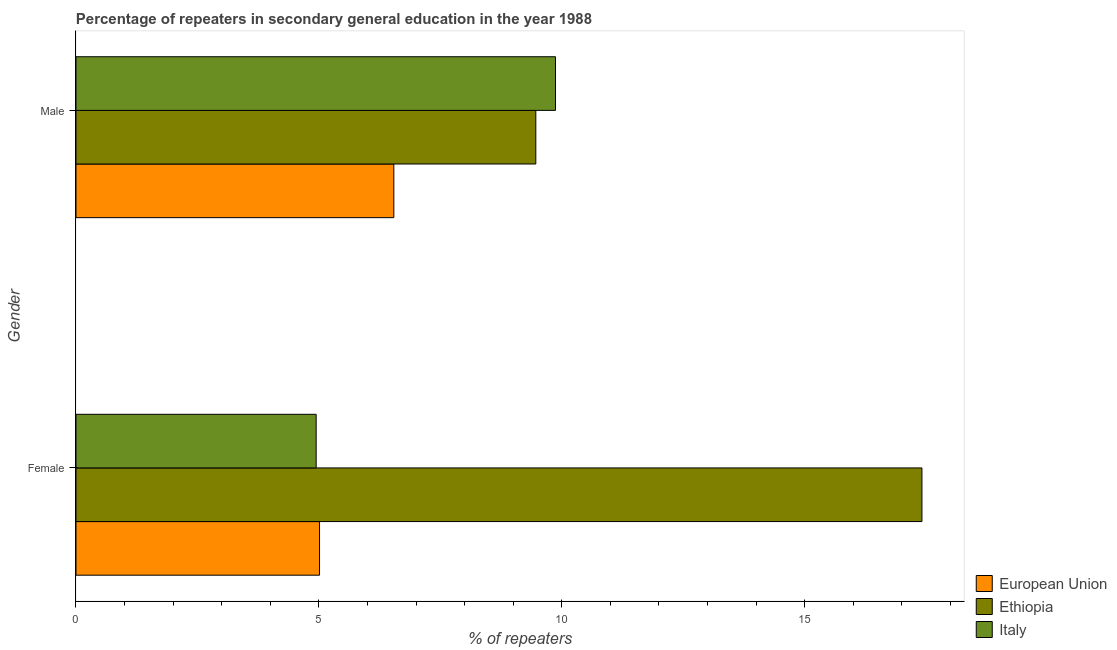
| Gender | European Union | Ethiopia | Italy |
 | --- | --- | --- | --- |
 | Female | 5.01 | 17.4 | 4.94 |
 | Male | 6.54 | 9.47 | 9.87 |